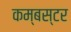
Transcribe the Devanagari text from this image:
कम्बस्टर